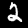
Label: 2